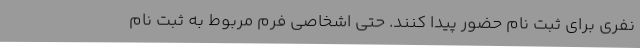
نفری برای ثبت نام حضور پیدا کنند. حتی اشخاصی فرم مربوط به ثبت نام